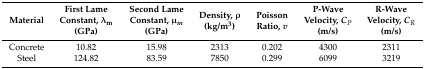
<table><thead><tr><td><b>Material</b></td><td><b>First Lame Constant, λ<sub>m</sub> (GPa)</b></td><td><b>Second Lame Constant, μ<sub><i>m</i></sub> (GPa)</b></td><td><b>Density, ρ (kg/m<sup>3</sup>)</b></td><td><b>Poisson Ratio, <i>v</i></b></td><td><b>P-Wave Velocity, <i>C<sub>P</sub></i> (m/s)</b></td><td><b>R-Wave Velocity, <i>C<sub>R</sub></i> (m/s)</b></td></tr></thead><tbody><tr><td>Concrete</td><td>10.82</td><td>15.98</td><td>2313</td><td>0.202</td><td>4300</td><td>2311</td></tr><tr><td>Steel</td><td>124.82</td><td>83.59</td><td>7850</td><td>0.299</td><td>6099</td><td>3219</td></tr></tbody></table>